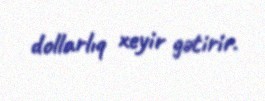
dollarlıq xeyir gətirir.